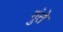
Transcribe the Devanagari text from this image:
गुंते